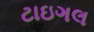
ટાઇગલ